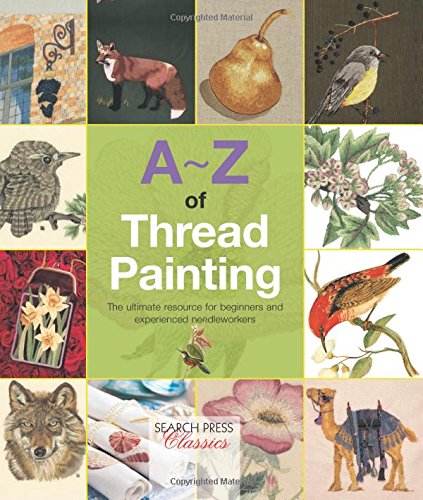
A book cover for A-Z of Thread Painting (A-Z of Needlecraft); Crafts, Hobbies & Home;